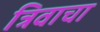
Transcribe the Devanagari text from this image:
त्रिवाचा